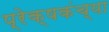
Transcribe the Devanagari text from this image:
प्रेक्षकंच्या